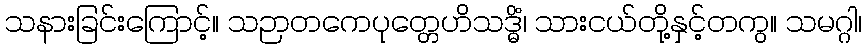
သနားခြင်းကြောင့်။ သဉာတကေပုတ္တေဟိသဒ္ဓိံ၊ သားငယ်တို့နှင့်တကွ။ သမဂ္ဂါ၊